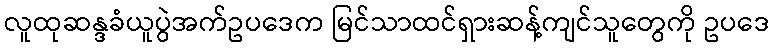
လူထုဆန္ဒခံယူပွဲအက်ဥပဒေက မြင်သာထင်ရှားဆန့်ကျင်သူတွေကို ဥပဒေ